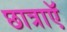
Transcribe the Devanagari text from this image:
छात्राएॅ